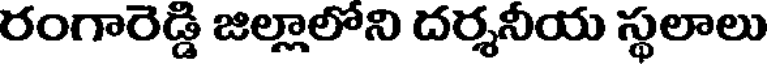
రంగారెడ్డి జిల్లాలోని దర్శనీయ స్థలాలు